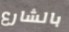
بالشارع